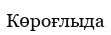
Көроғлыда